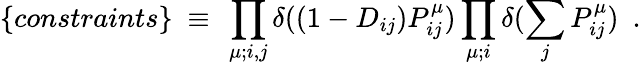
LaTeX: \{ constraints\} ~\equiv~\prod_{\mu;i,j}\delta((1-D_{ij})P_{ij}^{\mu})\prod_{\mu;i}\delta(\sum_{j}P_{ij}^{\mu})~~.